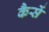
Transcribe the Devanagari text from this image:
कैसें